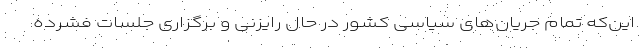
این‌که تمام جریان‌های سیاسی کشور در حال رایزنی و برگزاری جلسات فشرده